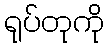
ရုပ်တုကို